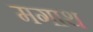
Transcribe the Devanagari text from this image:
मगाथ